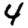
Digit: 4